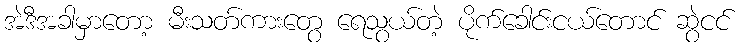
အဲဒီအခါမှာတော့ မီးသတ်ကားတွေ ရေသွယ်တဲ့ ပိုက်ခေါင်းငယ်တောင် ဆွဲငင်